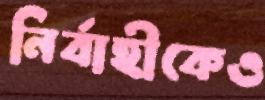
নির্বাহীকেও